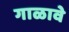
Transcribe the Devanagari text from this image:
गाळावे